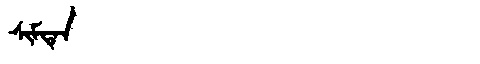
Manchu: ᠰᡳᠮᡨᡝᠨ
Romanization: SIMTEN